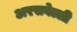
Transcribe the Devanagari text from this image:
अरसवेल्ली